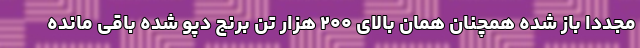
مجددا باز شده همچنان همان بالای ۲۰۰ هزار تن برنج دپو شده باقی مانده